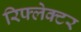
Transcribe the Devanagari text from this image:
रिफ्लेक्‍टर